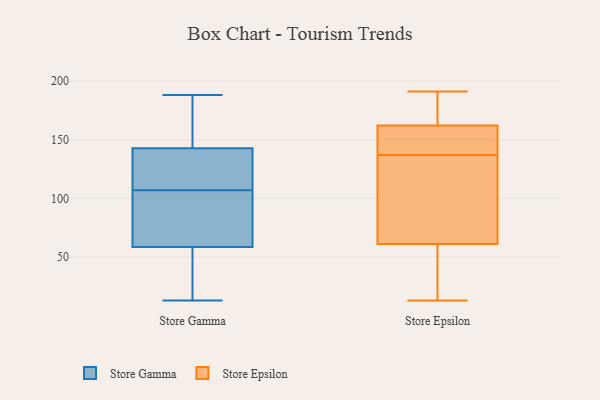
{"axis": {"x": "Page Views", "y": "Value"}, "legend": ["Store Epsilon", "Store Gamma"], "data": [{"x": "", "y": 157, "type": "Store Gamma"}, {"x": "", "y": 138, "type": "Store Gamma"}, {"x": "", "y": 59, "type": "Store Gamma"}, {"x": "", "y": 62, "type": "Store Gamma"}, {"x": "", "y": 57, "type": "Store Gamma"}, {"x": "", "y": 119, "type": "Store Gamma"}, {"x": "", "y": 173, "type": "Store Gamma"}, {"x": "", "y": 174, "type": "Store Gamma"}, {"x": "", "y": 13, "type": "Store Gamma"}, {"x": "", "y": 128, "type": "Store Gamma"}, {"x": "", "y": 188, "type": "Store Gamma"}, {"x": "", "y": 94, "type": "Store Gamma"}, {"x": "", "y": 68, "type": "Store Gamma"}, {"x": "", "y": 121, "type": "Store Gamma"}, {"x": "", "y": 107, "type": "Store Gamma"}, {"x": "", "y": 30, "type": "Store Gamma"}, {"x": "", "y": 46, "type": "Store Gamma"}, {"x": "", "y": 64, "type": "Store Epsilon"}, {"x": "", "y": 159, "type": "Store Epsilon"}, {"x": "", "y": 150, "type": "Store Epsilon"}, {"x": "", "y": 165, "type": "Store Epsilon"}, {"x": "", "y": 187, "type": "Store Epsilon"}, {"x": "", "y": 149, "type": "Store Epsilon"}, {"x": "", "y": 14, "type": "Store Epsilon"}, {"x": "", "y": 58, "type": "Store Epsilon"}, {"x": "", "y": 88, "type": "Store Epsilon"}, {"x": "", "y": 125, "type": "Store Epsilon"}, {"x": "", "y": 191, "type": "Store Epsilon"}, {"x": "", "y": 13, "type": "Store Epsilon"}, {"x": "", "y": 157, "type": "Store Epsilon"}, {"x": "", "y": 90, "type": "Store Epsilon"}, {"x": "", "y": 176, "type": "Store Epsilon"}, {"x": "", "y": 34, "type": "Store Epsilon"}]}